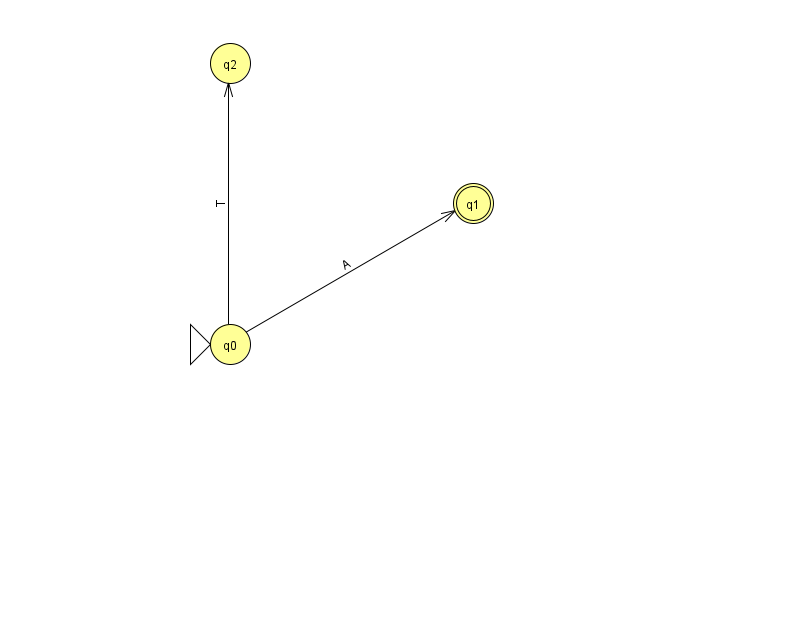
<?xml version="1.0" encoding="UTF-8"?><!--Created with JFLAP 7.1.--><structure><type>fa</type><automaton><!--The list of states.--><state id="0" name="q0"><x>230.0</x><y>331.0</y><initial/></state><state id="1" name="q1"><x>473.0</x><y>190.0</y><final/></state><state id="2" name="q2"><x>230.0</x><y>50.0</y></state><!--The list of transitions.--><transition><from>0</from><to>1</to><read>A</read></transition><transition><from>0</from><to>2</to><read>T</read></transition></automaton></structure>